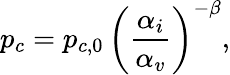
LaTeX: p_{c}=p_{c,0}\, \left(\frac{\alpha_{i}}{\alpha_{v}}\right)^{-\beta},